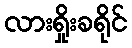
လားရှိုးခရိုင်